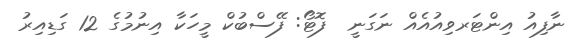
ނާފިއު އިންޓަރވިއުއެއް ނަގަނީ  ފޮޓޯ: ފޭސްބުކް މީހަކާ އިނުމުގެ 12 ގަޑިއިރު